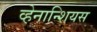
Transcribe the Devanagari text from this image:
व्हेनान्शियस